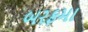
બરફમા